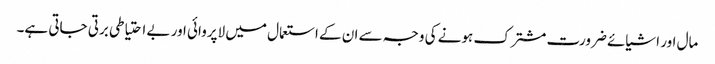
مال اور اشیائے ضرورت مشترک ہونے کی وجہ سے ان کے استعمال میں لاپروائی اور بے احتیاطی برتی جاتی ہے۔